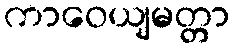
ကာဝေယျမတ္တာ